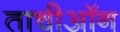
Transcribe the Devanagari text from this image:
ताचीऑन